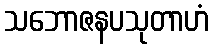
သဘောဇနပသုတာဟံ